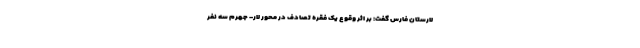
لارستان فارس گفت: بر اثر وقوع یک فقره تصادف در محور لار- جهرم سه نفر